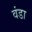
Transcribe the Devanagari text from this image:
वंडा